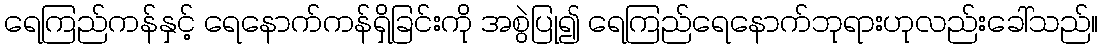
ရေကြည်ကန်နှင့် ရေနောက်ကန်ရှိခြင်းကို အစွဲပြု၍ ရေကြည်ရေနောက်ဘုရားဟုလည်းခေါ်သည်။